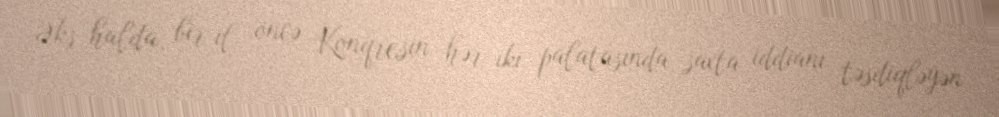
Əks halda, bir il öncə Konqresin hər iki palatasında saxta iddianı təsdiqləyən